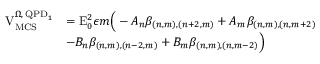
\begin{array} { r l } { \mathrm { V } _ { \mathrm { M C S } } ^ { \Omega , \, \mathrm { Q P D } _ { 1 } } } & { = \mathrm { E } _ { 0 } ^ { 2 } \epsilon m \Big ( - A _ { n } \beta _ { ( n , m ) , ( n + 2 , m ) } + A _ { m } \beta _ { ( n , m ) , ( n , m + 2 ) } } \\ & { - B _ { n } \beta _ { ( n , m ) , ( n - 2 , m ) } + B _ { m } \beta _ { ( n , m ) , ( n , m - 2 ) } \Big ) } \end{array}